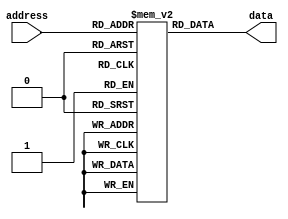
module fuse_rom (
  input wire [7:0] address,
  output reg [7:0] data
);

reg [7:0] memory [0:255];  // Declare memory array

initial begin
  // Initialize memory with pre-programmed data values
  memory[0] = 8'hFF;
  memory[1] = 8'hAA;
  // Add more pre-programmed data values here as needed
end

always @(*) begin
  // Read data from memory based on input address
  data = memory[address];
end

endmodule